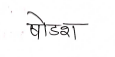
मजकूर: षोडश